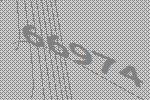
66974